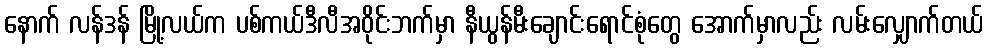
နောက် လန်ဒန် မြို့လယ်က ပစ်ကယ်ဒီလီအဝိုင်းဘက်မှာ နီယွန်မီးချောင်းရောင်စုံတွေ အောက်မှာလည်း လမ်းလျှောက်တယ်